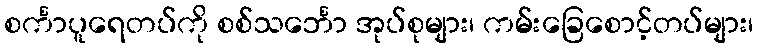
စင်္ကာပူရေတပ်ကို စစ်သင်္ဘော အုပ်စုများ၊ ကမ်းခြေစောင့်တပ်များ၊